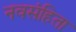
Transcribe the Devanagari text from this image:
नवसंहिता